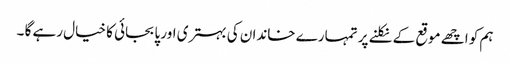
ہم کو اچھے موقع کے نکلنے پر تمہارے خاندان کی بہتری اور پابجائی کا خیال رہے گا ۔